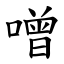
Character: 噌